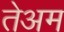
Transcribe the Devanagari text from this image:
तेअम